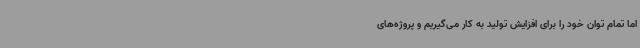
اما تمام توان خود را برای افزایش تولید به کار می‌گیریم و پروژه‌های